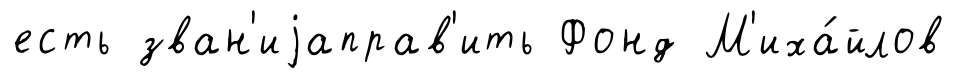
есть зван'иjаправ'ить Фонд М'иха́йлов